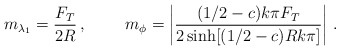
\begin{align*}m_{\lambda_1}=\frac{F_T}{2R}\, , \ \ \ \ \ \ \ m_\phi=\left|\frac{(1/2-c)k\pi F_T}{2\sinh[(1/2-c)Rk\pi]}\right|\, .\end{align*}